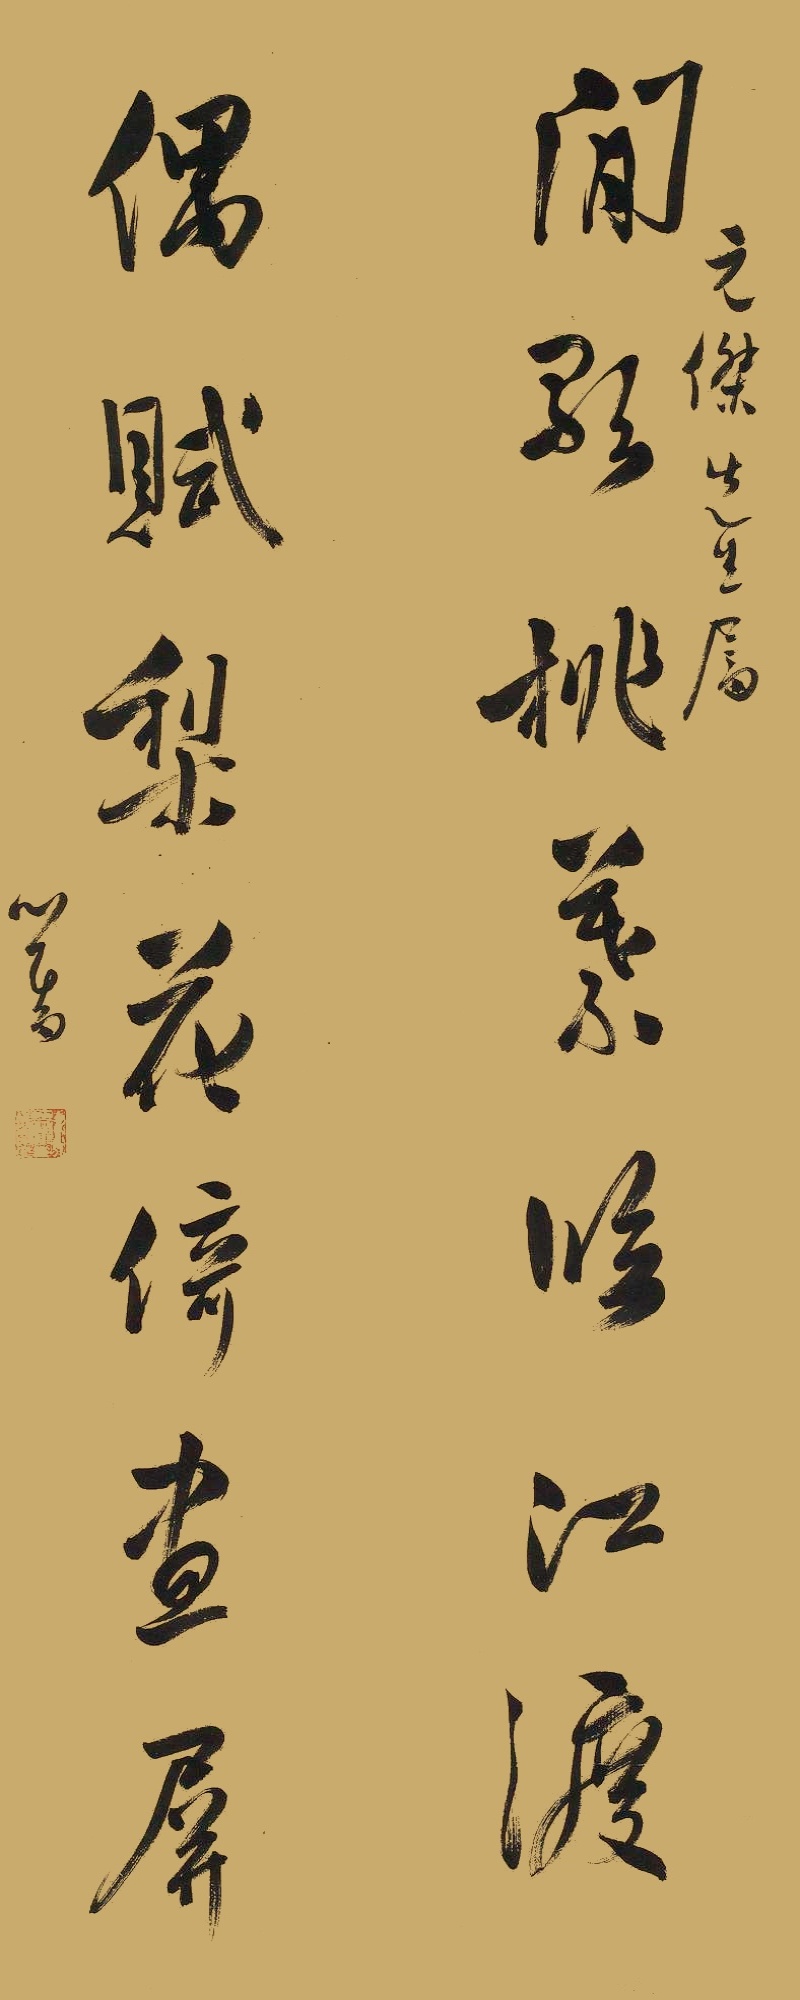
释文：闲歌桃叶临江渡，偶赋梨花倚画屏。元杰先生属。心畬。